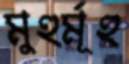
মুহুর্মূহু